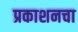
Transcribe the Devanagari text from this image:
प्रकाशनचा